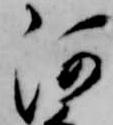
河